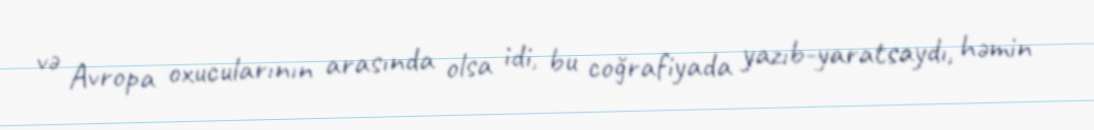
və Avropa oxucularının arasında olsa idi, bu coğrafiyada yazıb-yaratsaydı, həmin